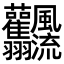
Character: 𩙣